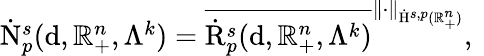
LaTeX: \begin{array}{r}{\dot{\mathrm{N}}_{p}^{s}(\mathrm{d},\mathbb{R}_{+}^{n},\Lambda^{k})=\overline{{\dot{\mathrm{R}}_{p}^{s}(\mathrm{d},\mathbb{R}_{+}^{n},\Lambda^{k})}}^{\lVert\cdot\rVert_{\dot{\mathrm{H}}^{s,p}(\mathbb{R}_{+}^{n})}}\mathrm{,~}}\end{array}